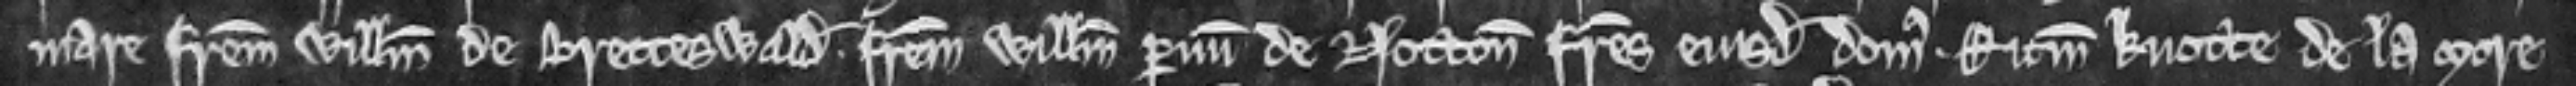
mare Fratrem Willelmum de Bretteswald. Fratrem Willelmum Parvum de Notton fratres ejusdem domus. Ricardum Knotte de la More